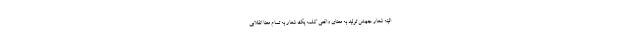
البتّه شعار جهش تولید به معنای واقعی کلمه یک شعار به تمام معنا انقلابی